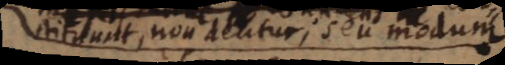
constituunt, non dentur; seu modum